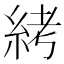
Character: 𱹱